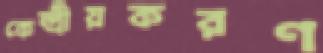
কেন্দ্রীয়করণ